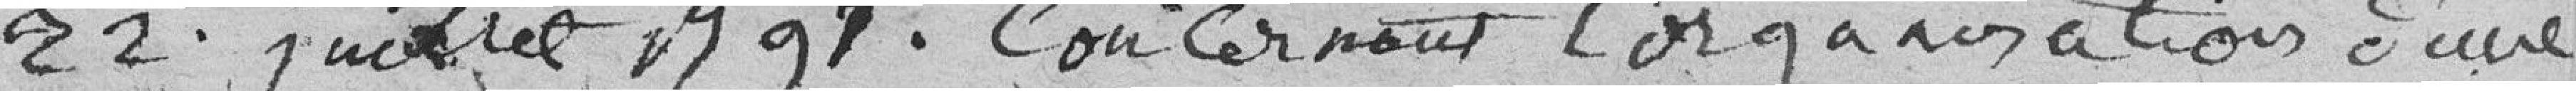
22 juillet 1797. Concernant l'organisation d'une